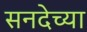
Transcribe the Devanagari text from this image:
सनदेच्या